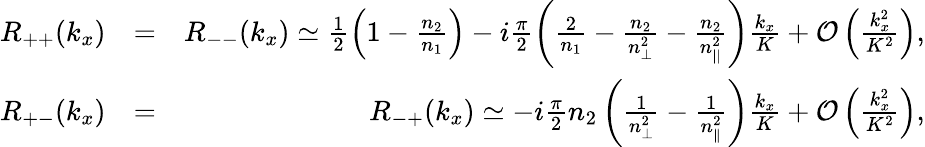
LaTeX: \begin{array}{rlr}{R_{++}(k_{x})}&{=}&{R_{--}(k_{x})\simeq\frac{1}{2}\left(1-\frac{n_{2}}{n_{1}}\right)-i\frac{\pi}{2}\left(\frac{2}{n_{1}}-\frac{n_{2}}{n_{\perp}^{2}}-\frac{n_{2}}{n_{||}^{2}}\right)\frac{k_{x}}{K}+{\cal O}\left(\frac{k_{x}^{2}}{K^{2}}\right),}\\ {R_{+-}(k_{x})}&{=}&{R_{-+}(k_{x})\simeq-i\frac{\pi}{2}n_{2}\left(\frac{1}{n_{\perp}^{2}}-\frac{1}{n_{\parallel}^{2}}\right)\frac{k_{x}}{K}+{\cal O}\left(\frac{k_{x}^{2}}{K^{2}}\right),}\end{array}